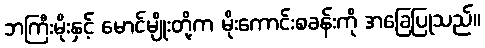
ဘကြီးမိုးနှင့် မောင်မျိုးတို့က မိုးကောင်းစခန်းကို အခြေပြုသည်။